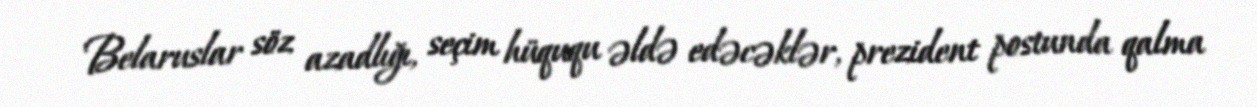
Belaruslar söz azadlığı, seçim hüququ əldə edəcəklər, prezident postunda qalma